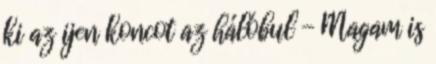
ki az ijen koncot az hálóbul - Magam is